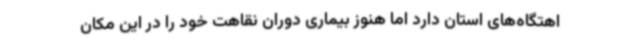
اهتگاه‌های استان دارد اما هنوز بیماری دوران نقاهت خود را در این مکان